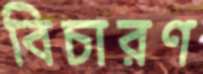
বিচারণ